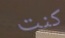
كنت